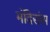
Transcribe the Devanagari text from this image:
मंदिरांस